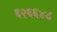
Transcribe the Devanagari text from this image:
६२६६४८